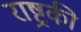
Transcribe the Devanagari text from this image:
राष्ट्रकी